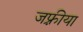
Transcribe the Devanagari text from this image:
जफ़्रीया